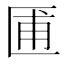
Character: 𫧓